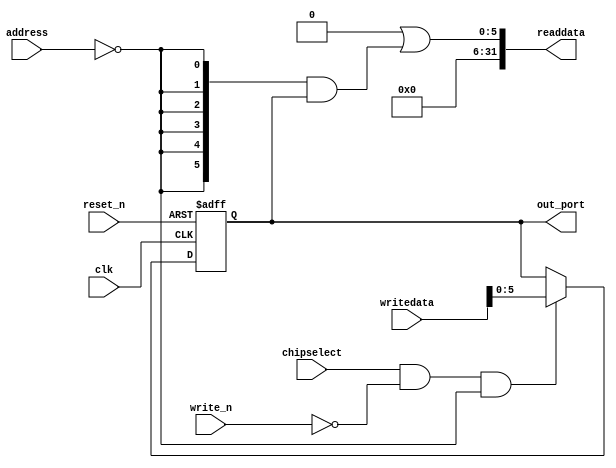
module wasca_hexdot (
                       address,
                       chipselect,
                       clk,
                       reset_n,
                       write_n,
                       writedata,
                       out_port,
                       readdata
                    )
;
  output  [  5: 0] out_port;
  output  [ 31: 0] readdata;
  input   [  1: 0] address;
  input            chipselect;
  input            clk;
  input            reset_n;
  input            write_n;
  input   [ 31: 0] writedata;
  wire             clk_en;
  reg     [  5: 0] data_out;
  wire    [  5: 0] out_port;
  wire    [  5: 0] read_mux_out;
  wire    [ 31: 0] readdata;
  assign clk_en = 1;
  assign read_mux_out = {6 {(address == 0)}} & data_out;
  always @(posedge clk or negedge reset_n)
    begin
      if (reset_n == 0)
          data_out <= 0;
      else if (chipselect && ~write_n && (address == 0))
          data_out <= writedata[5 : 0];
    end
  assign readdata = {32'b0 | read_mux_out};
  assign out_port = data_out;
endmodule